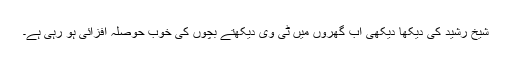
شیخ رشید کی دیکھا دیکھی اب گھروں میں ٹی وی دیکھتے بچوں کی خوب حوصلہ افزائی ہو رہی ہے۔